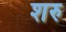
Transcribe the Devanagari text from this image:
शरु